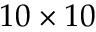
1 0 \times 1 0